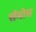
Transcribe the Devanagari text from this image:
सॅमोस